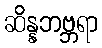
ဆိန္နဘဗ္ဘရာ